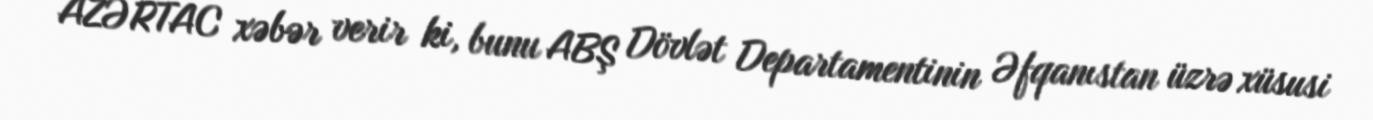
AZƏRTAC xəbər verir ki, bunu ABŞ Dövlət Departamentinin Əfqanıstan üzrə xüsusi